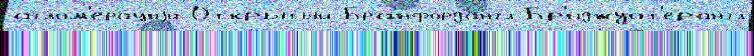
аглом'ера́циjи Откры́тый Бранфордангл Бр'иджуот'ерангл